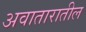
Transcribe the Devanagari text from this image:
अवातारातील